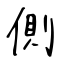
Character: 側